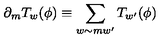
\partial _ { m } T _ { w } ( \phi ) \equiv \sum _ { w \sim m w ^ { \prime } } T _ { w ^ { \prime } } ( \phi )